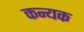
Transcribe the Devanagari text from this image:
कन्यक